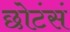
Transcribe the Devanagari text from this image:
छोटंसं